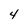
Character: 4